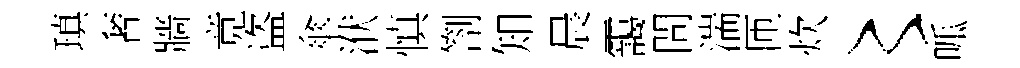
瑱奢牆竟盗傘洑慎劄知晨靄問湍匝炊〻呱